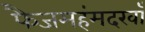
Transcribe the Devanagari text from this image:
फैजमहंमदखाँ